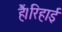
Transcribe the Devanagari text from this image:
हैं।रिहाई